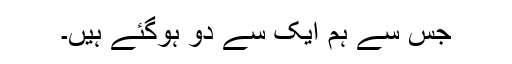
جس سے ہم ایک سے دو ہوگئے ہیں۔